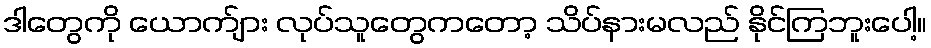
ဒါတွေကို ယောက်ျား လုပ်သူတွေကတော့ သိပ်နားမလည် နိုင်ကြဘူးပေါ့။